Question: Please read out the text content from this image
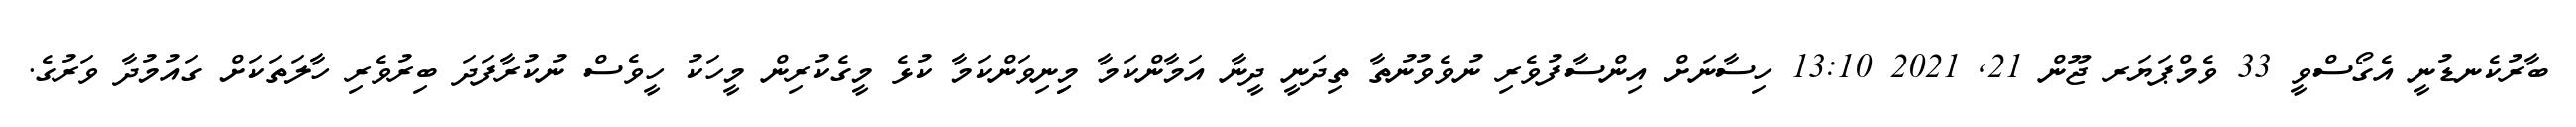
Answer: ބާރުކެނޑުނީ އެގޯސްވީ 33 ވެމްޕަޔަރ ޖޫން 21, 2021 13:10 ހިސާނަށް އިންސާފުވެރި ނުވެވުނުތާ ތިދަނީ ދީނާ އަމާންކަމާ މިިނިވަންކަމާ ކުޅެ މީގެކުރިން މީހަކު ހީވެސް ނުކުރާފަދަ ބިރުވެރި ހާލަތަކަށް ގައުމުދާ ވަރުގެ.